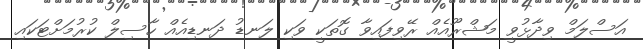
އަސްލަމް ވިދާޅުވީ މަޝްރޫއެއް ރޭވިފައިވާ ގޮތަކީ ވަކި ލަނޑު ދަނޑިއެއް ހާސިލް ކުރުމަށްޓަކައި